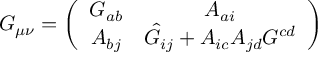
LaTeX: G _ { \mu \nu } = \left( \begin{array} { c c } { { G _ { a b } } } & { { A _ { a i } } } \\ { { A _ { b j } } } & { { \hat { G } _ { i j } + A _ { i c } A _ { j d } G ^ { c d } } } \end{array} \right)